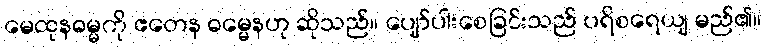
မေထုနဓမ္မကို ဧတေန ဓမ္မေနဟု ဆိုသည်။ ပျော်ပါးစေခြင်းသည် ပရိစရေယျ မည်၏။